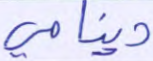
دينامي